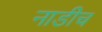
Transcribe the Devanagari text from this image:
नाडीच